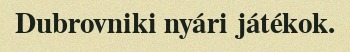
Dubrovniki nyári játékok.